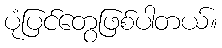
ပုံပြင်တွေဖြစ်ပါတယ်။